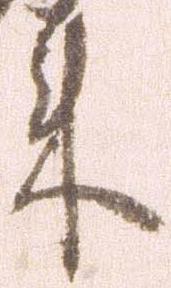
来